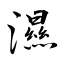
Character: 濕